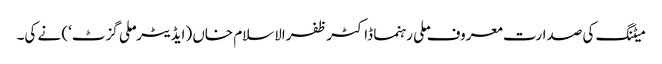
میٹنگ کی صدارت معروف ملی رہنما ڈاکٹر ظفرالاسلام خاں (ایڈیٹر ’ملی گزٹ‘) نے کی۔